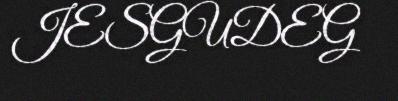
JESGUDEG